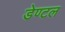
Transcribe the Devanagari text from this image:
डेण्टल